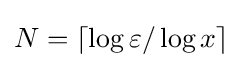
N=\lceil \log \varepsilon /\log x\rceil